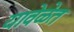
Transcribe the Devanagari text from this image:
यावेळेत